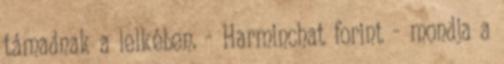
támadnak a lelkében. - Harminchat forint - mondja a